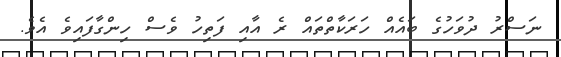
ނަސްރު ދުވަހުގެ ބައެއް ހަރަކާތްތައް ރެ އާއި ފަތިހު ވެސް ހިންގާފައިވެ އެވެ.